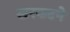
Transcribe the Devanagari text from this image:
खरकटने